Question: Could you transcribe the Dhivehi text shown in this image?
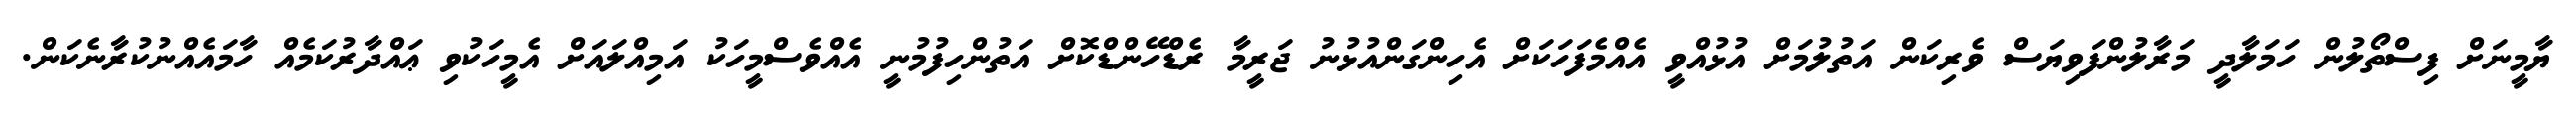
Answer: ޔާމީނަށް ފިސްތޯލުން ހަމަލާދީ މަރާލުންފަވިޔަސް ވެރިކަން އަތުލުމަށް އުޅުއްވީ އެއްމެފަހަކަށް އެހިންގަންއުޅުނު ޖަރީމާ ރެޑްހޭންޑްކޮށް އަތުންހިފުމުނީ އެއްވެސްމީހަކު އަމިއްލައަށް އެމީހަކުވި ޢައްދާރުކަމެއް ހާމައެއްނުކުރާނެކަން.